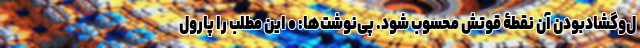
َل‌وگشادبودن آن نقطۀ قوتش محسوب شود. پی‌نوشت‌ها: • این مطلب را پارول